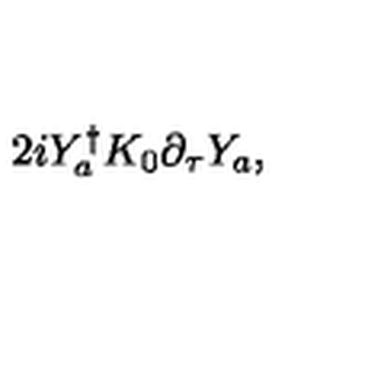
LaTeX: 2 i Y _ { a } ^ { \dagger } K _ { 0 } \partial _ { \tau } Y _ { a } ,